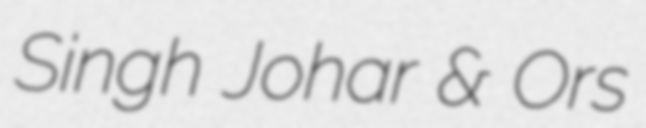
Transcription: Singh Johar & Ors